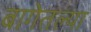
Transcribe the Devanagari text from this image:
बागेतल्या